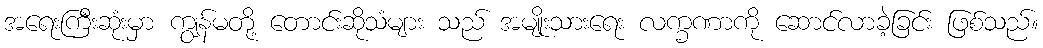
အရေးကြီးဆုံးမှာ ကျွန်မတို့ တောင်းဆိုသံများ သည် အမျိုးသားရေး လက္ခဏာကို ဆောင်လာခဲ့ခြင်း ဖြစ်သည်။